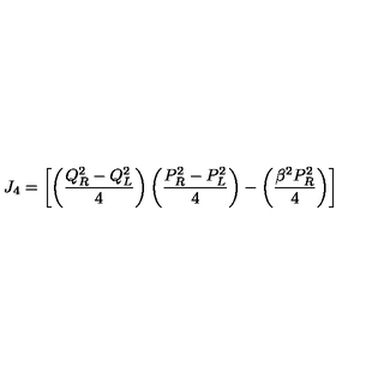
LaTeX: J _ { 4 } = \left[ \left( { \frac { Q _ { R } ^ { 2 } - Q _ { L } ^ { 2 } } { 4 } } \right) \left( { \frac { P _ { R } ^ { 2 } - P _ { L } ^ { 2 } } { 4 } } \right) - \left( { \frac { \beta ^ { 2 } P _ { R } ^ { 2 } } { 4 } } \right) \right]